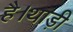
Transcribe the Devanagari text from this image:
है।थाड़ी